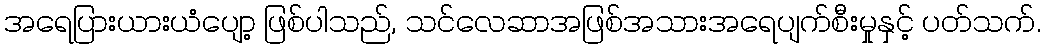
အရေပြားယားယံပျော့ ဖြစ်ပါသည်, သင်လေဆာအဖြစ်အသားအရေပျက်စီးမှုနှင့် ပတ်သက်.